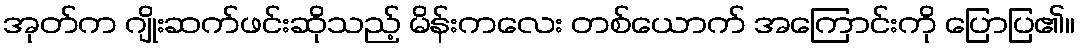
အုတ်က ဂျိုးဆက်ဖင်းဆိုသည့် မိန်းကလေး တစ်ယောက် အကြောင်းကို ပြောပြ၏။